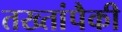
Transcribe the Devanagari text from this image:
तख्तांपैकी